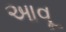
આવૂ